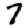
Digit: 7